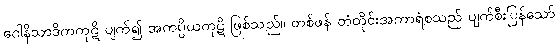
ဂေါနိသာဒိကကုဋိ ပျက်၍ အကပ္ပိယကုဋိ ဖြစ်သည်။ တစ်ဖန် တံတိုင်းအကာရံစသည် ပျက်စီးပြန်သော်